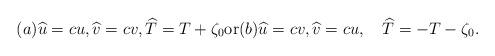
LaTeX: \begin{align*} (a) \widehat u = cu, \widehat v = cv , \widehat T = T + \zeta_0 \hbox{or} (b) \widehat u = cv, \widehat v = cu , \quad\widehat T = - T - \zeta_0 .\end{align*}